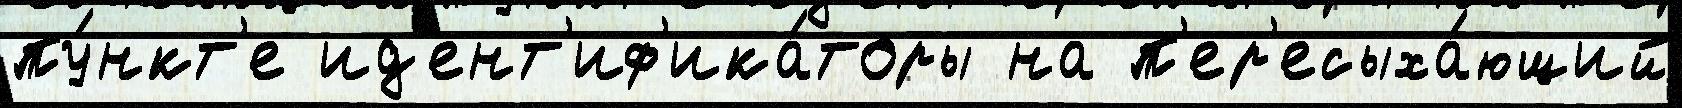
пу́нкт'е ид'ент'иф'ика́торы на п'ер'есыха́ющий